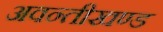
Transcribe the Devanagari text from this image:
अवन्तीखण्ड